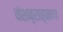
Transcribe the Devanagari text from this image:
वंशब्राह्मण